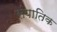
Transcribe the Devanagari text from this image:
संपातिक